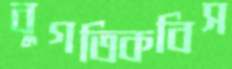
বুগতিকবিস